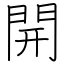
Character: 開